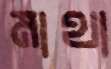
মাথা